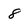
Character: 8